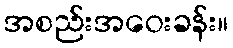
အစည်းအဝေးခန်း။